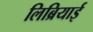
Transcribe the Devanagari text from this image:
लिब्रियाई